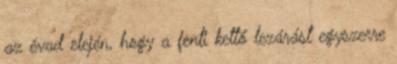
az évad elején, hogy a fenti kettő lezárást egyszerre